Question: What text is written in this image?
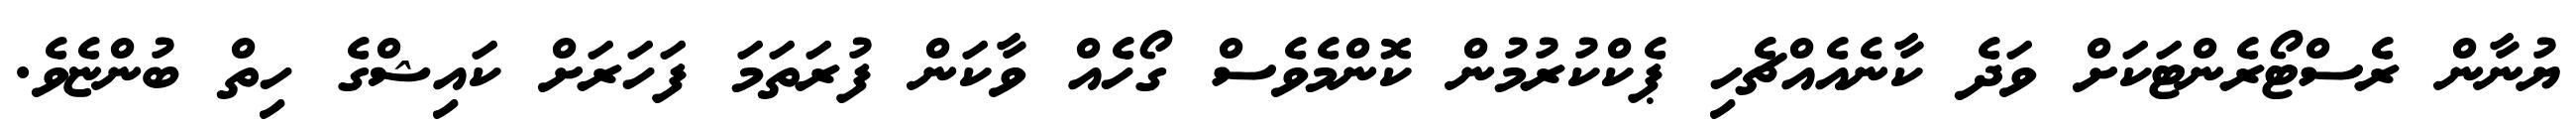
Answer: ޔުނާން ރެސްޓޯރެންޓަކަށް ވަދެ ކާނެއެއްޗެހި ޕެކްކުރުމުން ކޮންމެވެސް ގޯހެއް ވާކަން ފުރަތަމަ ފަހަރަށް ކައިޝްގެ ހިތް ބުންޏެވެ.